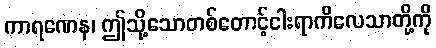
ကာရဏေန၊ ဤသို့သောတစ်တောင့်ငါးရာကိလေသာတို့ကို